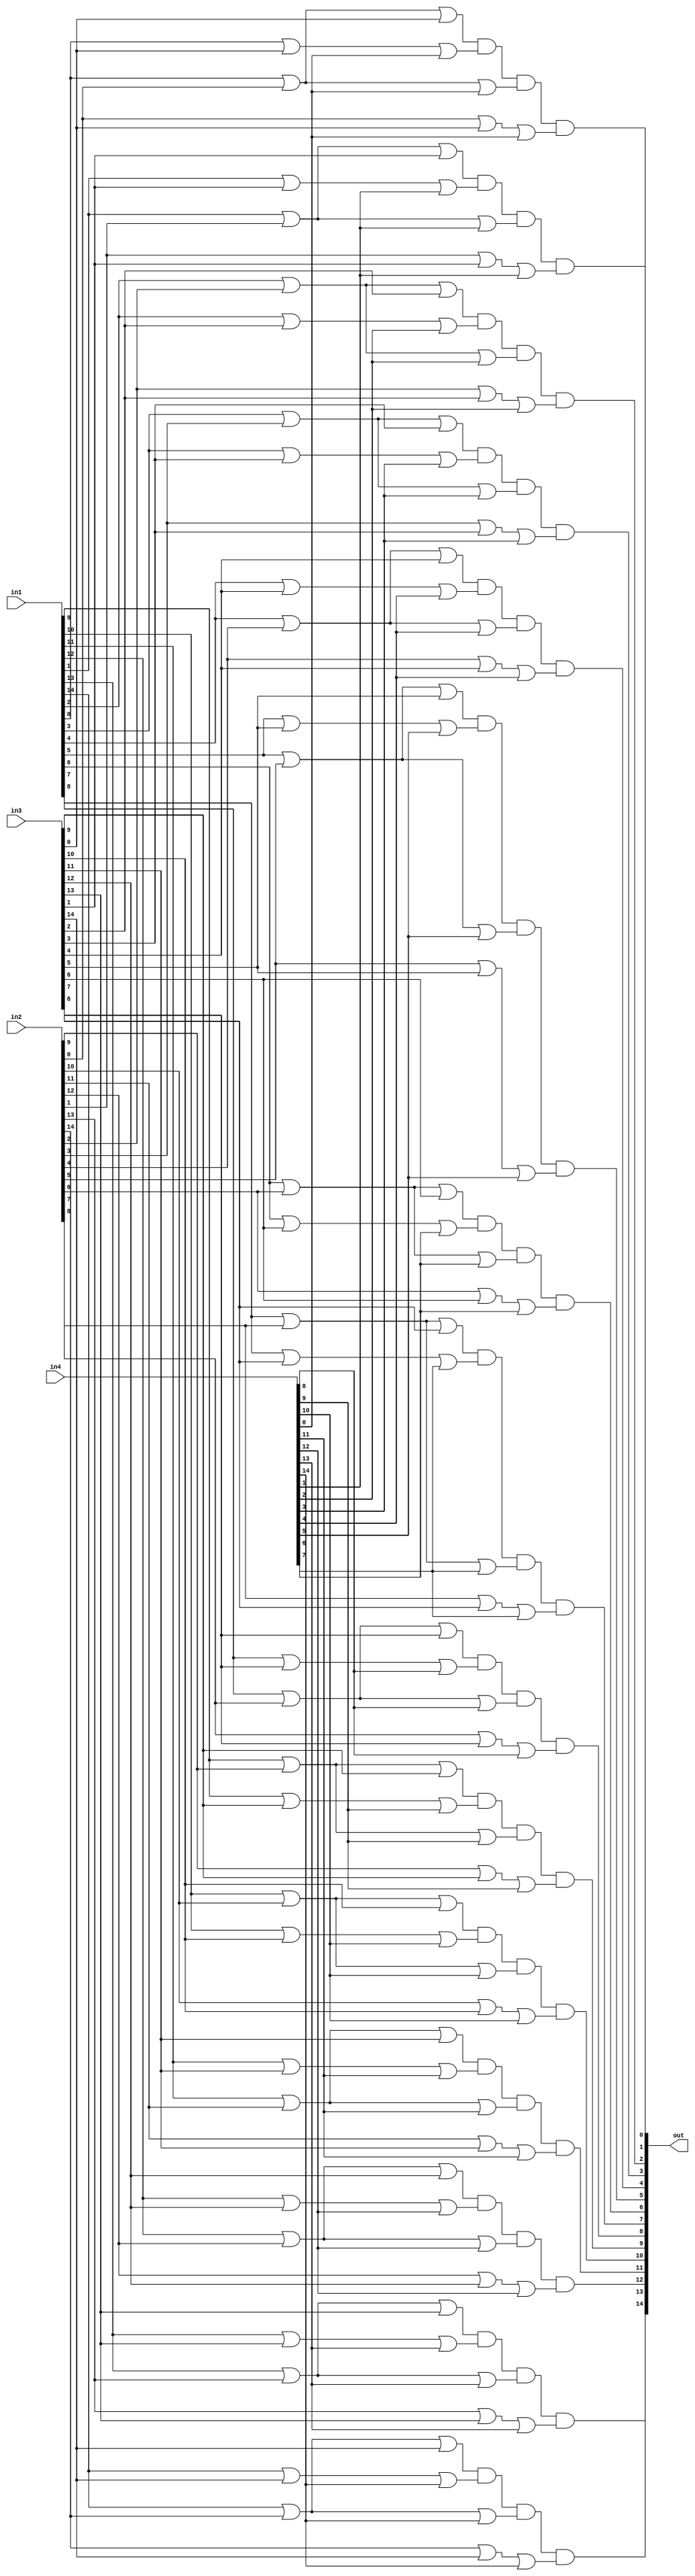
`timescale 1ns/1ns

module majority(
    in1,
    in2,
    in3,
    in4,
    out
    );

input [14:0] in1;
input [14:0] in2;
input [14:0] in3;
input [14:0] in4;

reg [14:0] tmp;
output [14:0] out;

integer i;

always @(in1,in2,in3,in4) begin
    for (i = 0; i < 15; i = i + 1) begin
        tmp[i] = (in1[i] | in2[i] | in3[i]) & (in1[i] | in3[i] | in4[i]) & (in1[i] | in2[i] | in4[i]) & (in2[i] | in3[i] | in4[i]);
    end
end

assign out = tmp;

endmodule